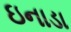
ઇનાડા